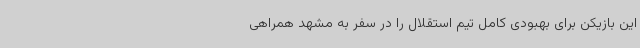
این بازیکن برای بهبودی کامل تیم استقلال را در سفر به مشهد همراهی